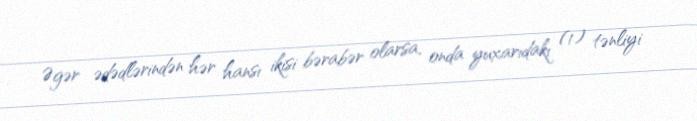
Əgər ədədlərindən hər hansı ikisi bərabər olarsa, onda yuxarıdakı (1) tənliyi